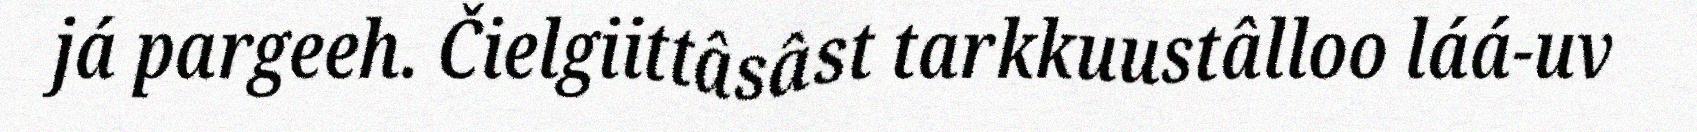
já pargeeh. Čielgiittâsâst tarkkuustâlloo láá-uv